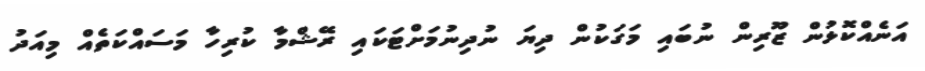
އަނެއްކޮޅުން ޒޫރިން ނުބައި މަގަކުން ދިޔަ ނުދިނުމަށްޓަކައި ރޭޝްމާ ކުރިހާ މަސައްކަތެއް މިއަދު